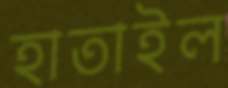
হাতাইল